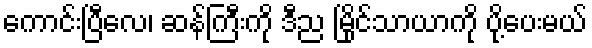
ကောင်းပြီလေ၊ ဆန်ကြီးကို ဒီည မြိုင်သာယာကို ပို့ပေးမယ်